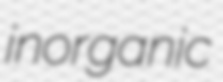
inorganic